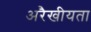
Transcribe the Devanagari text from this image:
अरैखीयता